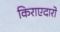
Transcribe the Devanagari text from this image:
किराएदारो